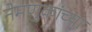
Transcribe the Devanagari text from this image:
नेमणुकांच्या